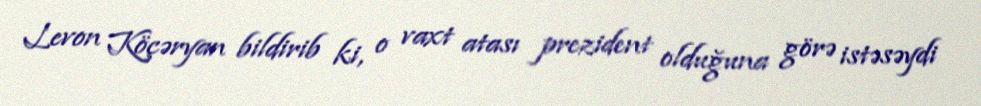
Levon Köçəryan bildirib ki, o vaxt atası prezident olduğuna görə istəsəydi